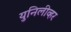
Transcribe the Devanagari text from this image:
युनिलीव्हर